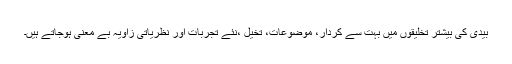
بیدی کی بیشتر تخلیقوں میں بہت سے کردار، موضوعات، تخیل ،نئے تجربات اور نظریاتی زاویہ بے معنی ہوجاتے ہیں۔